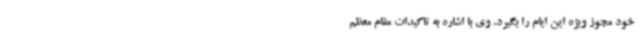
خود مجوز ویژه این ایام را بگیرد. وی با اشاره به تاکیدات مقام معظم